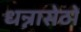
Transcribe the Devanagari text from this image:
धन्नासेठों